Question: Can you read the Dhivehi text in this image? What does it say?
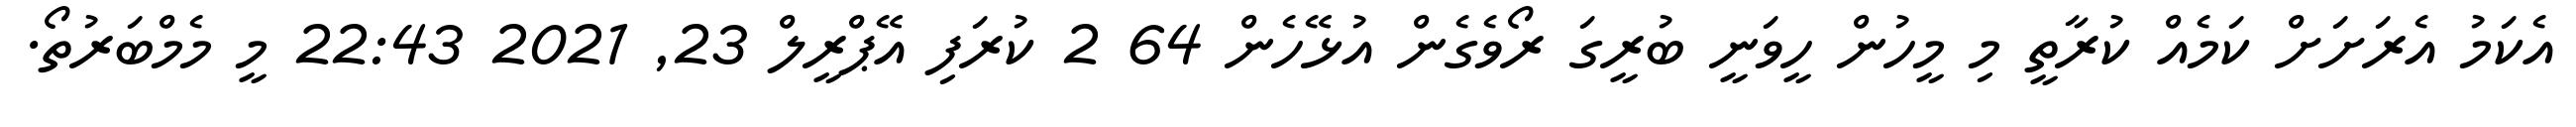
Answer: އެކަމު އެރަށަށް ކަމެއް ކުރާތީ މި މީހުން ހީވަނީ ބުރީގަ ރޯވެގެން އުޅޭހެން 64 2 ކުރަފި އޭޕްރީލް 23, 2021 22:43 މީ މެމްބަރުތޯ.